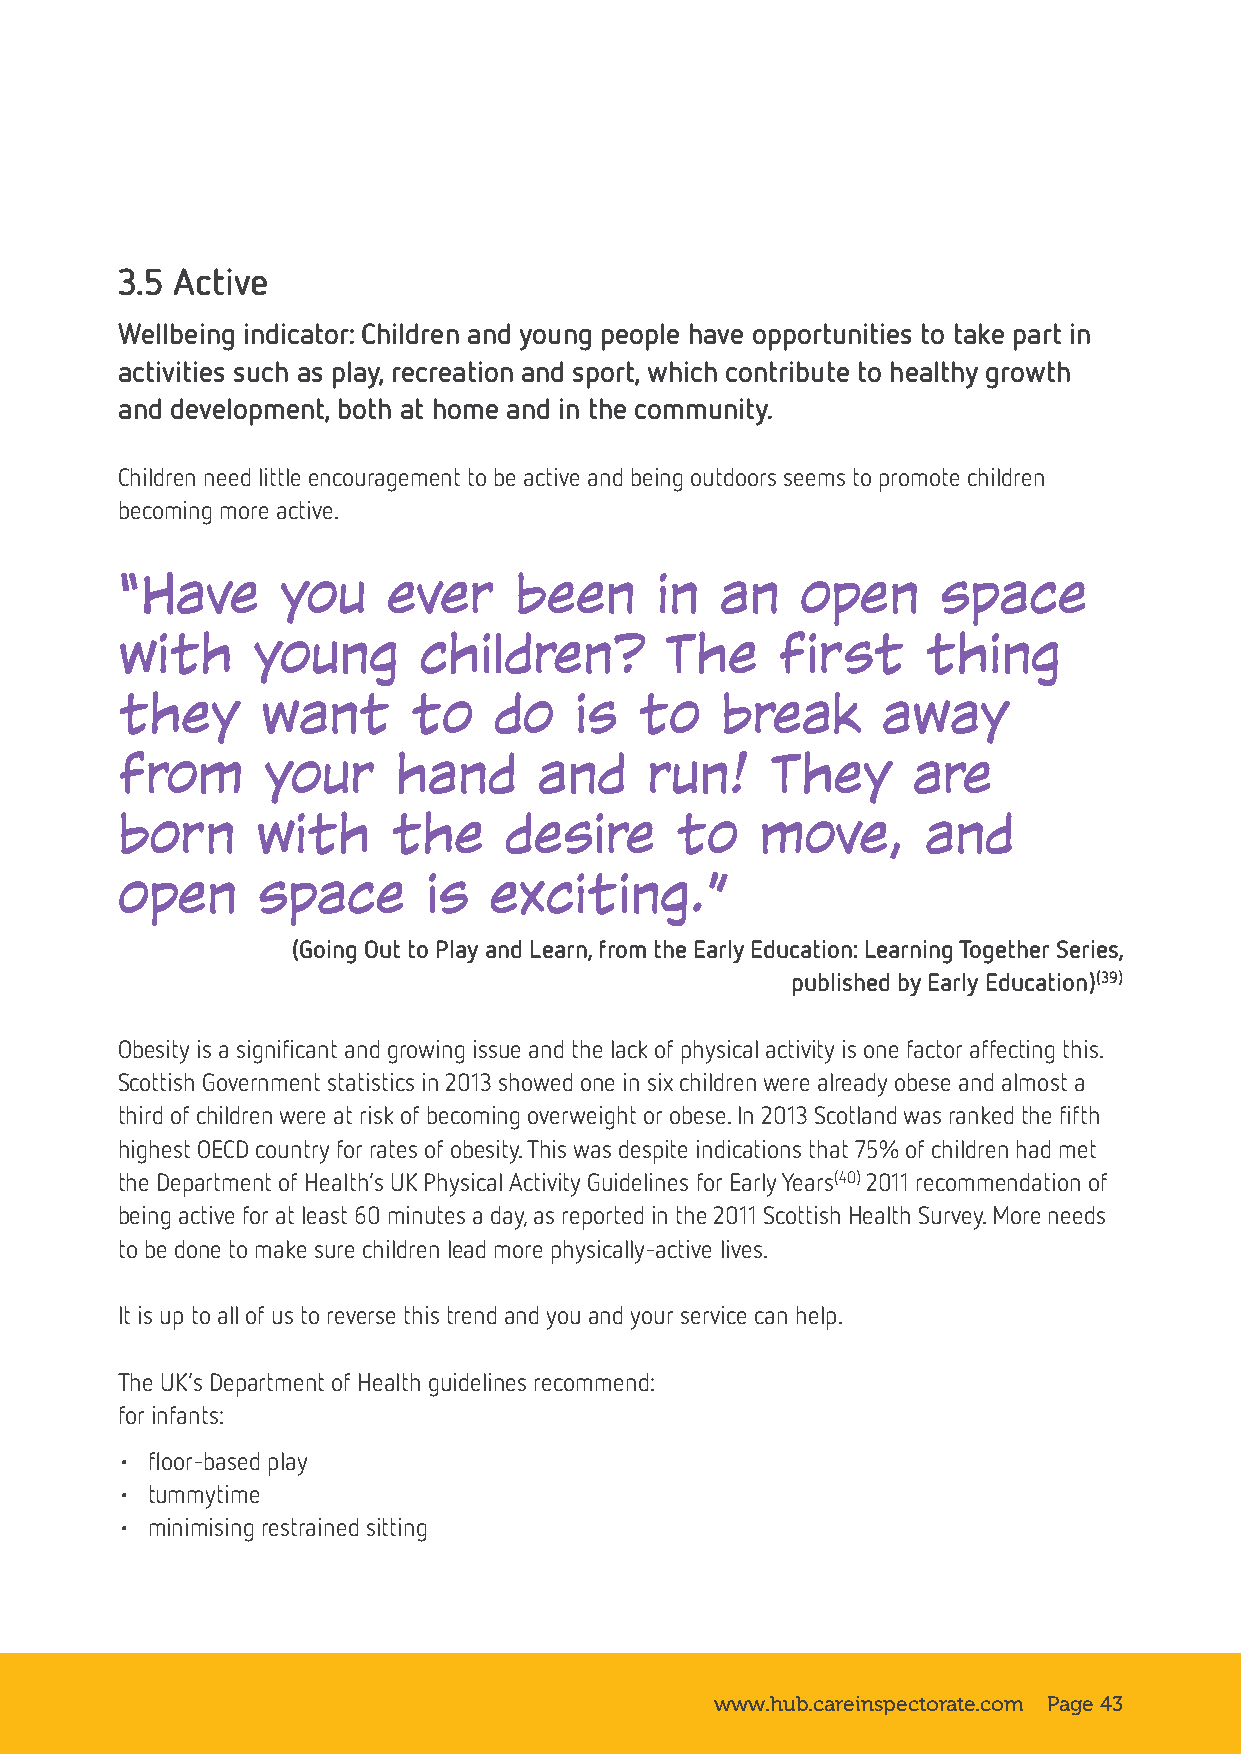
3.5 Active
 Wellbeing indicator: Children and young people have opportunities to take part in
 activities such as play, recreation and sport, which contribute to healthy growth
 and development, both at home and in the community.
 Children need little encouragement to be active and being outdoors seems to promote children
 becoming more active.
 “Have      you    ever    been     in   an   open     space
 with     young      children?       The     first    thing
 they     want      to    do   is  to    break     away
 from     your     hand      and    run!    They     are
 born     with     the    desire      to   move,      and
 open     space      is  exciting.”
 (Going Out to Play and Learn, from the Early Education: Learning Together Series,
 published by Early Education)(39)
 Obesity is a significant and growing issue and the lack of physical activity is one factor affecting this.
 Scottish Government statistics in 2013 showed one in six children were already obese and almost a
 third of children were at risk of becoming overweight or obese. In 2013 Scotland was ranked the fifth
 highest OECD country for rates of obesity. This was despite indications that 75% of children had met
 the Department of Health’s UK Physical Activity Guidelines for Early Years(40) 2011 recommendation of
 being active for at least 60 minutes a day, as reported in the 2011 Scottish Health Survey. More needs
 to be done to make sure children lead more physically-active lives.
 It is up to all of us to reverse this trend and you and your service can help.
 The UK’s Department of Health guidelines recommend:
 for infants:
 • floor-based play
 • tummytime
 • minimising restrained sitting
 www.hub.careinspectorate.com Page 43